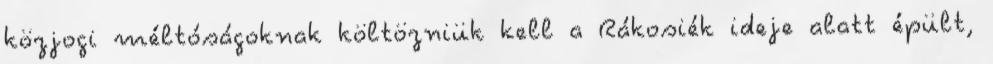
közjogi méltóságoknak költözniük kell a Rákosiék ideje alatt épült,